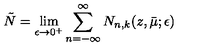
\tilde { N } = \lim _ { \epsilon \rightarrow 0 ^ { + } } \sum _ { n = - \infty } ^ { \infty } N _ { n , k } ( z , \bar { \mu } ; \epsilon )